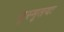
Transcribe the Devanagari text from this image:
सुस्मृतयः